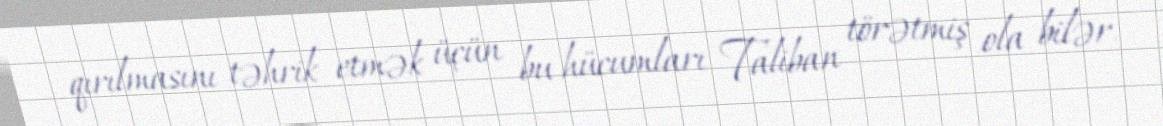
qırılmasını təhrik etmək üçün bu hücumları Taliban törətmiş ola bilər.